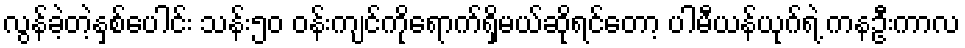
လွန်ခဲ့တဲ့နှစ်ပေါင်း သန်း၅၀ ဝန်းကျင်ကိုရောက်ရှိမယ်ဆိုရင်တော့ ပါမီယန်ယုဂ်ရဲ့ ကနဦးကာလ